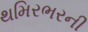
થમિરભરની